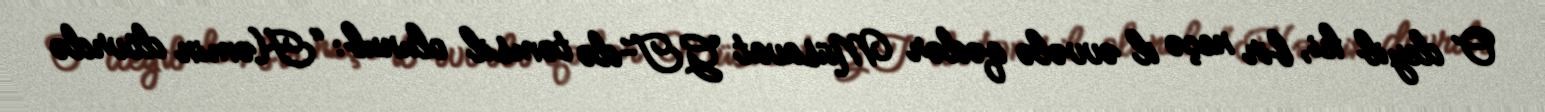
O deyib ki, bir neçə il əvvələ qədər Müsavat GT-də təmsil olunub: “Həmin dövrdə